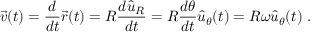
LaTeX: { \vec { v } } ( t ) = { \frac { d } { d t } } { \vec { r } } ( t ) = R { \frac { d { \hat { u } } _ { R } } { d t } } = R { \frac { d \theta } { d t } } { \hat { u } } _ { \theta } ( t ) = R \omega { \hat { u } } _ { \theta } ( t ) \ .